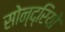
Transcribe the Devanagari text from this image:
सोन्द्रियो